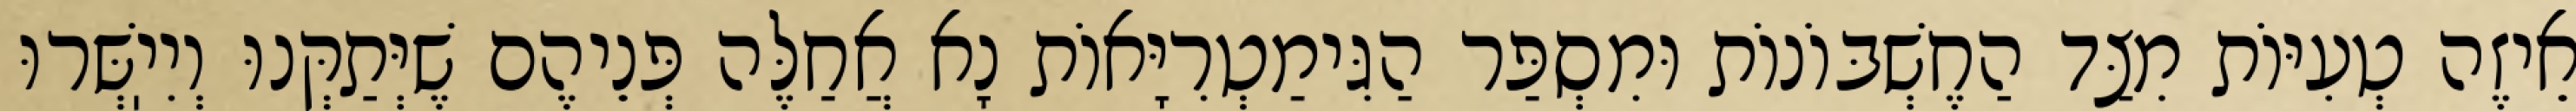
אֵיזֶה טְעִיּוֹת מִצַּד הַחֶשְׁבּוֹנוֹת וּמִסְפַּר הַגִּימַטְרִיָּאוֹת נָא אֲחַלֶּה פְּנֵיהֶם שֶׁיְּתַקְּנוּ וְיִיֽשְּׁרוּ